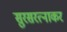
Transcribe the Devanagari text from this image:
सुरसरत्नाकर